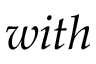
w i t h